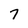
Character: 7